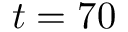
t = 7 0